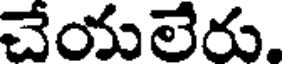
చేయలేరు.